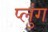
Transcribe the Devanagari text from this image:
प्लुंग